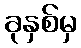
ခုနှစ်မှ